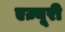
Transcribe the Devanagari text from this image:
एज़्यूरी